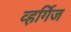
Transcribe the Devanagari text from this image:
व्हर्गिज